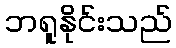
ဘရူနိုင်းသည်